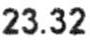
23.32